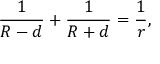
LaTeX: { \frac { 1 } { R - d } } + { \frac { 1 } { R + d } } = { \frac { 1 } { r } } ,